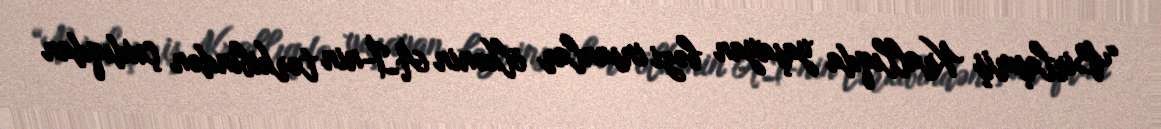
“Birləşmiş Krallıqda yaşayan bəzi insanlar ölkənin Aİ-nin tərkibindən çıxdıqdan